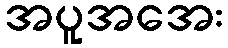
အပူအအေး